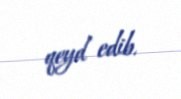
qeyd edib.